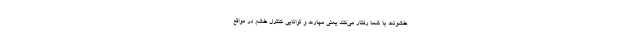
خشونت با شما رفتار می‌کند یعنی مهارت و توانایی کنترل خشم در مواقع